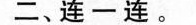
二、连一连。